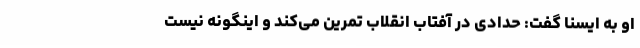
او به ایسنا گفت: حدادی در آفتاب انقلاب تمرین می‌کند و اینگونه نیست